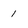
Character: 1